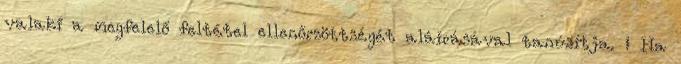
valaki a megfelelő feltétel ellenőrzöttségét aláírásával tanúsítja. ↑ Ha